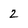
Character: 2